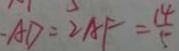
A D = 2 A F = \frac { 1 4 } { 5 }